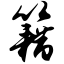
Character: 籍